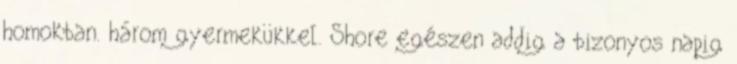
homokban. három gyermekükkel. Shore egészen addig a bizonyos napig